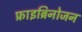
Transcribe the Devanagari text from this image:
फ्राइब्रिनोजन